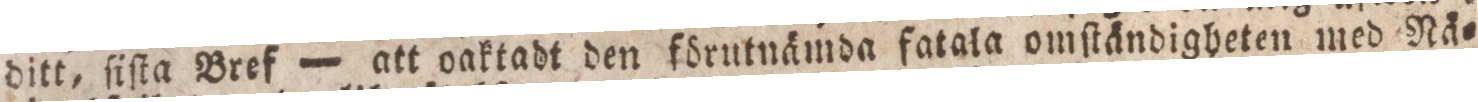
ditt, ſiſta Bref — att oaktadt den förutnämda fatala omſtändigheten med Nä=